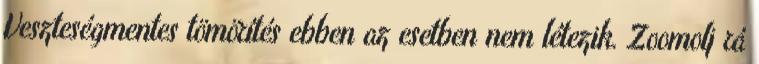
Veszteségmentes tömörítés ebben az esetben nem létezik. Zoomolj rá